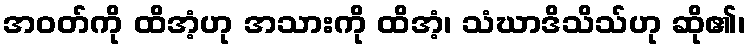
အဝတ်ကို ထိအံ့ဟု အသားကို ထိအံ့၊ သံဃာဒိသိသ်ဟု ဆို၏၊